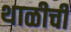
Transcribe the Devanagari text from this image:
थाळीची